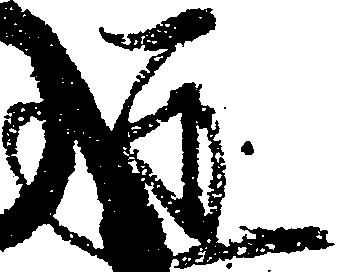
蓮